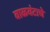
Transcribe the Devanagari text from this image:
वाळवंटाचे